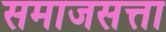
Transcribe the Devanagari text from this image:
समाजसत्ता